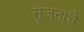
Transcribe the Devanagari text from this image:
सृजनाचे